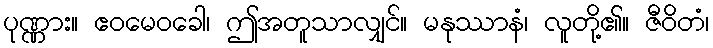
ပုဏ္ဏား။ ဧဝမေဝခေါ၊ ဤအတူသာလျှင်။ မနုဿာနံ၊ လူတို့၏။ ဇီဝိတံ၊